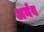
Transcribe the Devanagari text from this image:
अर्नव